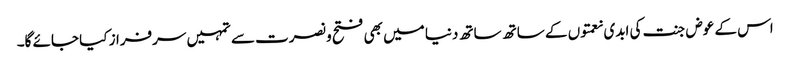
اس کے عوض جنت کی ابدی نعمتوں کے ساتھ ساتھ دنیا میں بھی فتح و نصرت سے تمہیں سرفراز کیا جائے گا۔